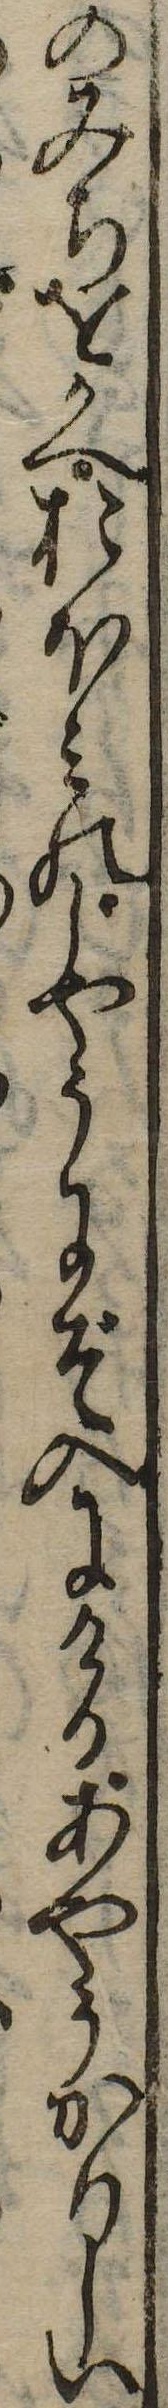
のみちをかへおほみのじやうにぞ入にけるあやうかりしい